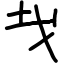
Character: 𢦏